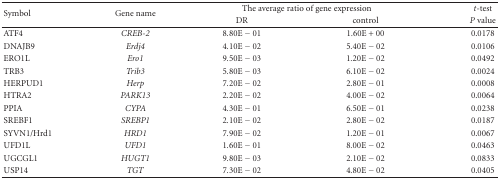
| <ROWSPAN=2> Symbol | <ROWSPAN=2> Gene name | <COLSPAN=2> The average ratio of gene expression | t-test |
 | DR | control | P value |
 | --- | --- | --- | --- | --- |
 | ATF4 | CREB-2 | 8.80E − 01 | 1.60E + 00 | 0.0178 |
 | DNAJB9 | Erdj4 | 4.10E − 02 | 5.40E − 02 | 0.0106 |
 | ERO1L | Ero1 | 9.50E − 03 | 1.20E − 02 | 0.0492 |
 | TRB3 | Trib3 | 5.80E − 03 | 6.10E − 02 | 0.0024 |
 | HERPUD1 | Herp | 7.20E − 02 | 2.80E − 01 | 0.0008 |
 | HTRA2 | PARK13 | 2.20E − 02 | 4.00E − 02 | 0.0064 |
 | PPIA | CYPA | 4.30E − 01 | 6.50E − 01 | 0.0238 |
 | SREBF1 | SREBP1 | 2.10E − 02 | 2.80E − 02 | 0.0187 |
 | SYVN1/Hrd1 | HRD1 | 7.90E − 02 | 1.20E − 01 | 0.0067 |
 | UFD1L | UFD1 | 1.60E − 01 | 8.00E − 02 | 0.0463 |
 | UGCGL1 | HUGT1 | 9.80E − 03 | 2.10E − 02 | 0.0833 |
 | USP14 | TGT | 7.30E − 02 | 4.80E − 02 | 0.0405 |